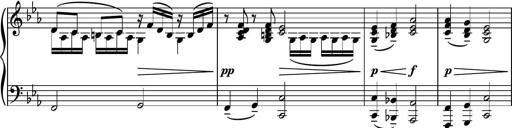
Title: Piano Sonatina No.8
Composer: Dimitri Sykias
Key: F major